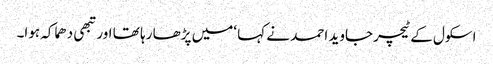
اسکول کے ٹیچرجاوید احمد نے کہا ‘میں پڑھا رہا تھا اورتبھی دھماکہ ہوا۔